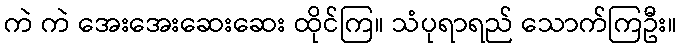
ကဲ ကဲ အေးအေးဆေးဆေး ထိုင်ကြ။ သံပုရာရည် သောက်ကြဦး။